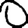
Digit: 0